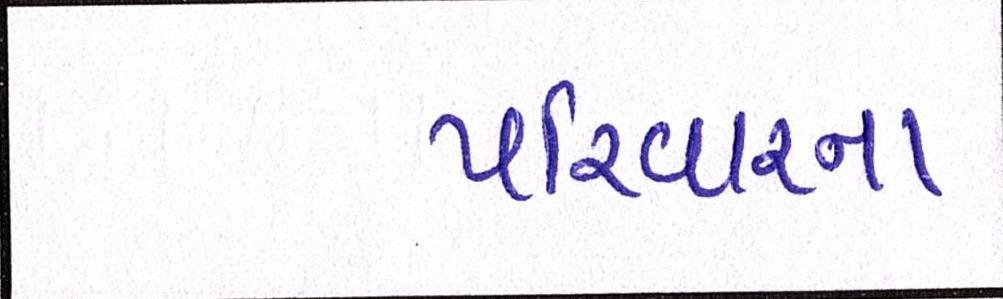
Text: પરિવારના